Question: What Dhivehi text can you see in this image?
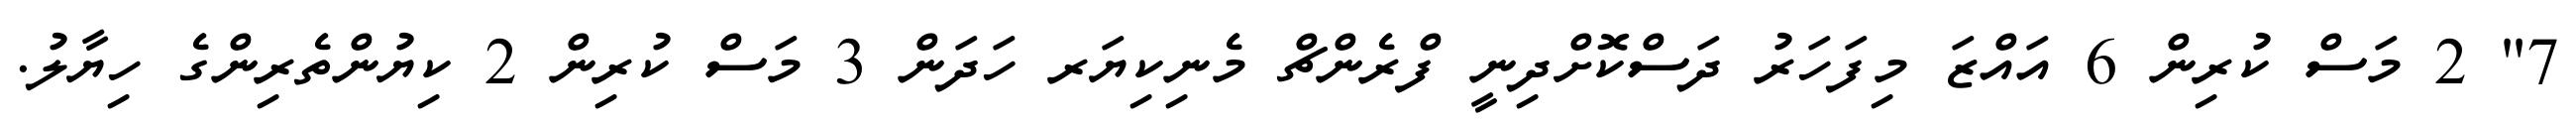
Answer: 7" 2 މަސް ކުރިން 6 އައްޒަ މިފަހަރު ދަސްކޮށްދިނީ ފްރެންޗް މެނިކިޔަރ ހަދަން 3 މަސް ކުރިން 2 ކިޔުންތެރިންގެ ހިޔާލު.